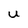
Character: u